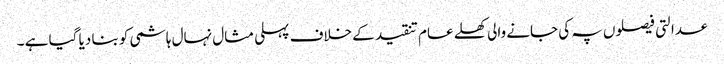
عدالتی فیصلوں پہ کی جانے والی کھلے عام تنقید کے خلاف پہلی مثال نہال ہاشمی کو بنا دیا گیا ہے ۔